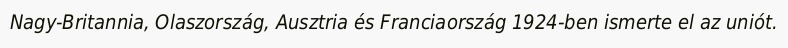
Nagy-Britannia, Olaszország, Ausztria és Franciaország 1924-ben ismerte el az uniót.